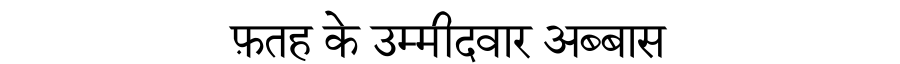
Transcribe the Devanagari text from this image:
फ़तह के उम्मीदवार अब्बास